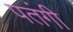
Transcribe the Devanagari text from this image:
पतंगी